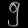
Digit: ၅